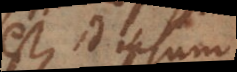
est, id ipsum